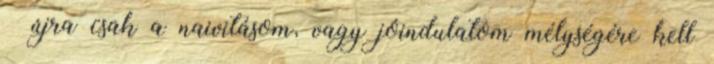
– újra csak a naivitásom, vagy jóindulatom mélységére kell